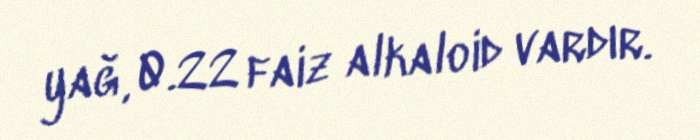
yağ, 0.22 faiz alkaloid vardır.